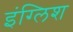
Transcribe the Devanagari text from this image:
इंग्‍लिश